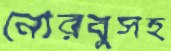
নোরবুসহ